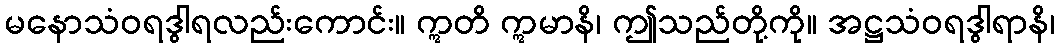
မနောသံဝရဒွါရလည်းကောင်း။ ဣတိ ဣမာနိ၊ ဤသည်တို့ကို။ အဋ္ဌသံဝရဒွါရာနိ၊